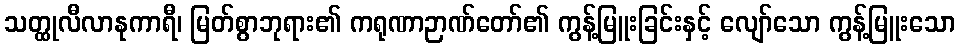
သတ္ထုလီလာနုကာရီ၊ မြတ်စွာဘုရား၏ ကရုဏာဉာဏ်တော်၏ ကွန့်မြူးခြင်းနှင့် လျော်သော ကွန့်မြူးသော